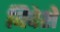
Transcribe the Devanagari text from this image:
बिदेशे